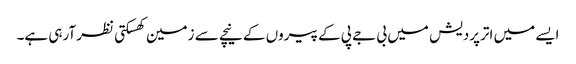
ایسے میں اترپردیش میں بی جے پی کے پیروں کے نیچے سے زمین کھسکتی نظر آرہی ہے۔